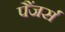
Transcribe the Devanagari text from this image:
पैंजर्स